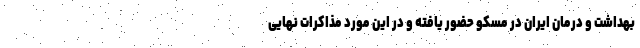
بهداشت و درمان ایران در مسکو حضور یافته و در این مورد مذاکرات نهایی